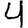
Digit: 4